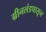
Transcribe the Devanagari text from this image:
ग्रीनलंडपासून